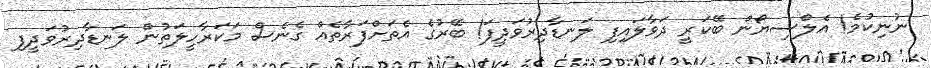
ނުނިކުމެ! އެލްސިޔޯން ބޭކަރީ ދަވާލައިފި ލަނޑާދިރުވަދީފަ! ބޭރުގެ އެތަށްފަރާތެއް ގެނެސް މަކަރާހީލަތުން ލަނޑާދިރުވަދީފި